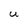
Character: U